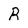
Character: R